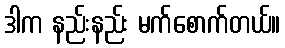
ဒါက နည်းနည်း မက်စောက်တယ်။